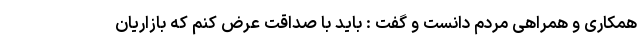
همکاری و همراهی مردم دانست و گفت : باید با صداقت عرض کنم که بازاریان